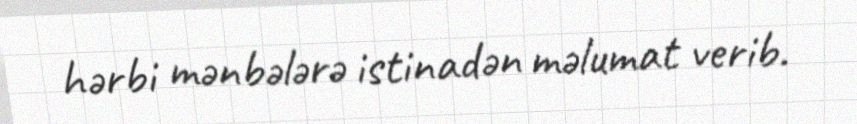
hərbi mənbələrə istinadən məlumat verib.